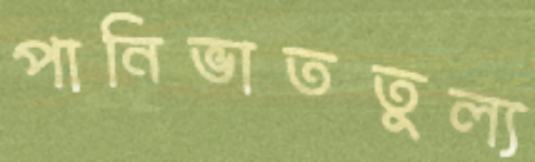
পানিভাততুল্য